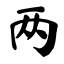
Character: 两